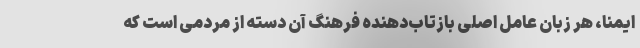
ایمنا، هر زبان عامل اصلی بازتاب‌دهنده فرهنگ آن دسته از مردمی است که